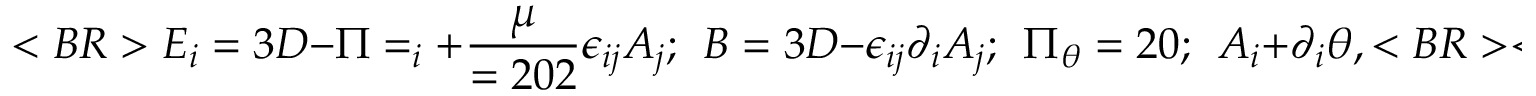
< B R > E _ { i } = 3 D - \Pi = _ { i } + { \frac { \mu } { = 2 0 2 } } \epsilon _ { i j } A _ { j } ; ~ ~ B = 3 D - \epsilon _ { i j } \partial _ { i } A _ { j } ; ~ ~ \Pi _ { \theta } = 2 0 ; ~ ~ A _ { i } + \partial _ { i } \theta , < B R > < B R >